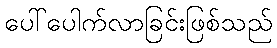
ပေါ်ပေါက်လာခြင်းဖြစ်သည်